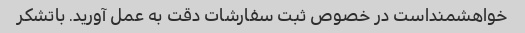
خواهشمنداست در خصوص ثبت سفارشات دقت به عمل آورید. باتشکر